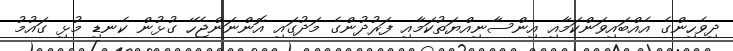
ދިވެހިންގެ އެއްބައިވަންކަމާއި އިންސާނިއްޔަތުކަމާއި ފަރުދުންގެ މަދުގައި އޮންނަންޖެހޭ ގުޅުން ކެނޑި މުޅި ގައުމު